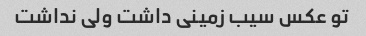
تو عکس سیب زمینی داشت ولی نداشت